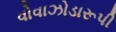
વોવાઝોડારૂપી